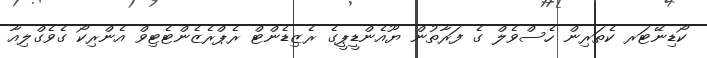
ކޯޑިނޭޓަރ ކެތަރިން ހެސްވެލް ގެ ފަރާތުން ޔޫއެންޑީޕީގެ ރެޒިޑެންޓް ރެޕްރެޒެންޓެޓިވް އެންރިކޯ ގެވެގްލިއާ